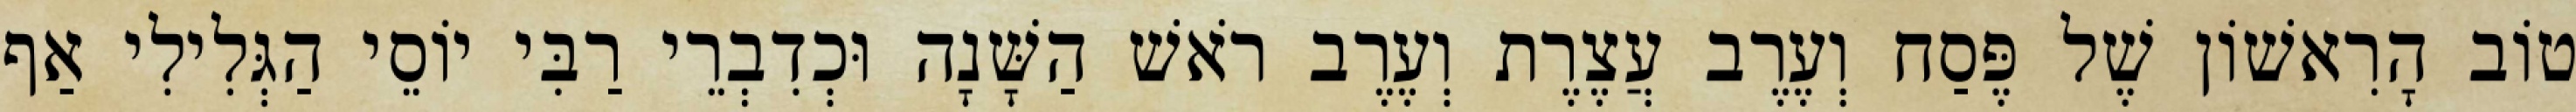
טוֹב הָרִאשׁוֹן שֶׁל פֶּסַח וְעֶרֶב עֲצֶרֶת וְעֶרֶב רֹאשׁ הַשָּׁנָה וּכְדִבְרֵי רַבִּי יוֹסֵי הַגְּלִילִי אַף